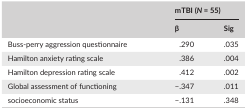
| <ROWSPAN=2>  | <COLSPAN=2> mTBI (N = 55) |
 | β | Sig |
 | --- | --- | --- |
 | Buss‐perry aggression questionnaire | .290 | .035 |
 | Hamilton anxiety rating scale | .386 | .004 |
 | Hamilton depression rating scale | .412 | .002 |
 | Global assessment of functioning | −.347 | .011 |
 | socioeconomic status | −.131 | .348 |